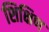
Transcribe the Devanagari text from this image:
शिक्षिण